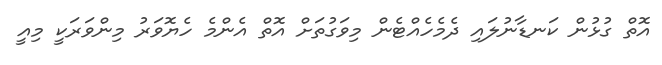
އޮތް ގުޅުން ކަނޑާނުލައި ދެމެހެއްޓެން މިވަގުތަށް އޮތް އެންމެ ހެޔޮވަރު މިންވަރަކީ މިއީ